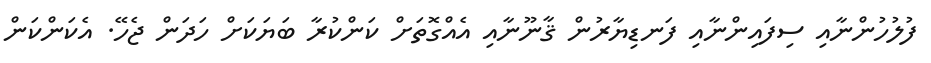
ފުލުހުންނާއި ސިފައިންނާއި ފަނޑިޔާރުން ޤާނޫނާއި އެއްގޮތަށް ކަންކުރާ ބަޔަކަށް ހަދަން ޖެހޭ. އެކަންކަން